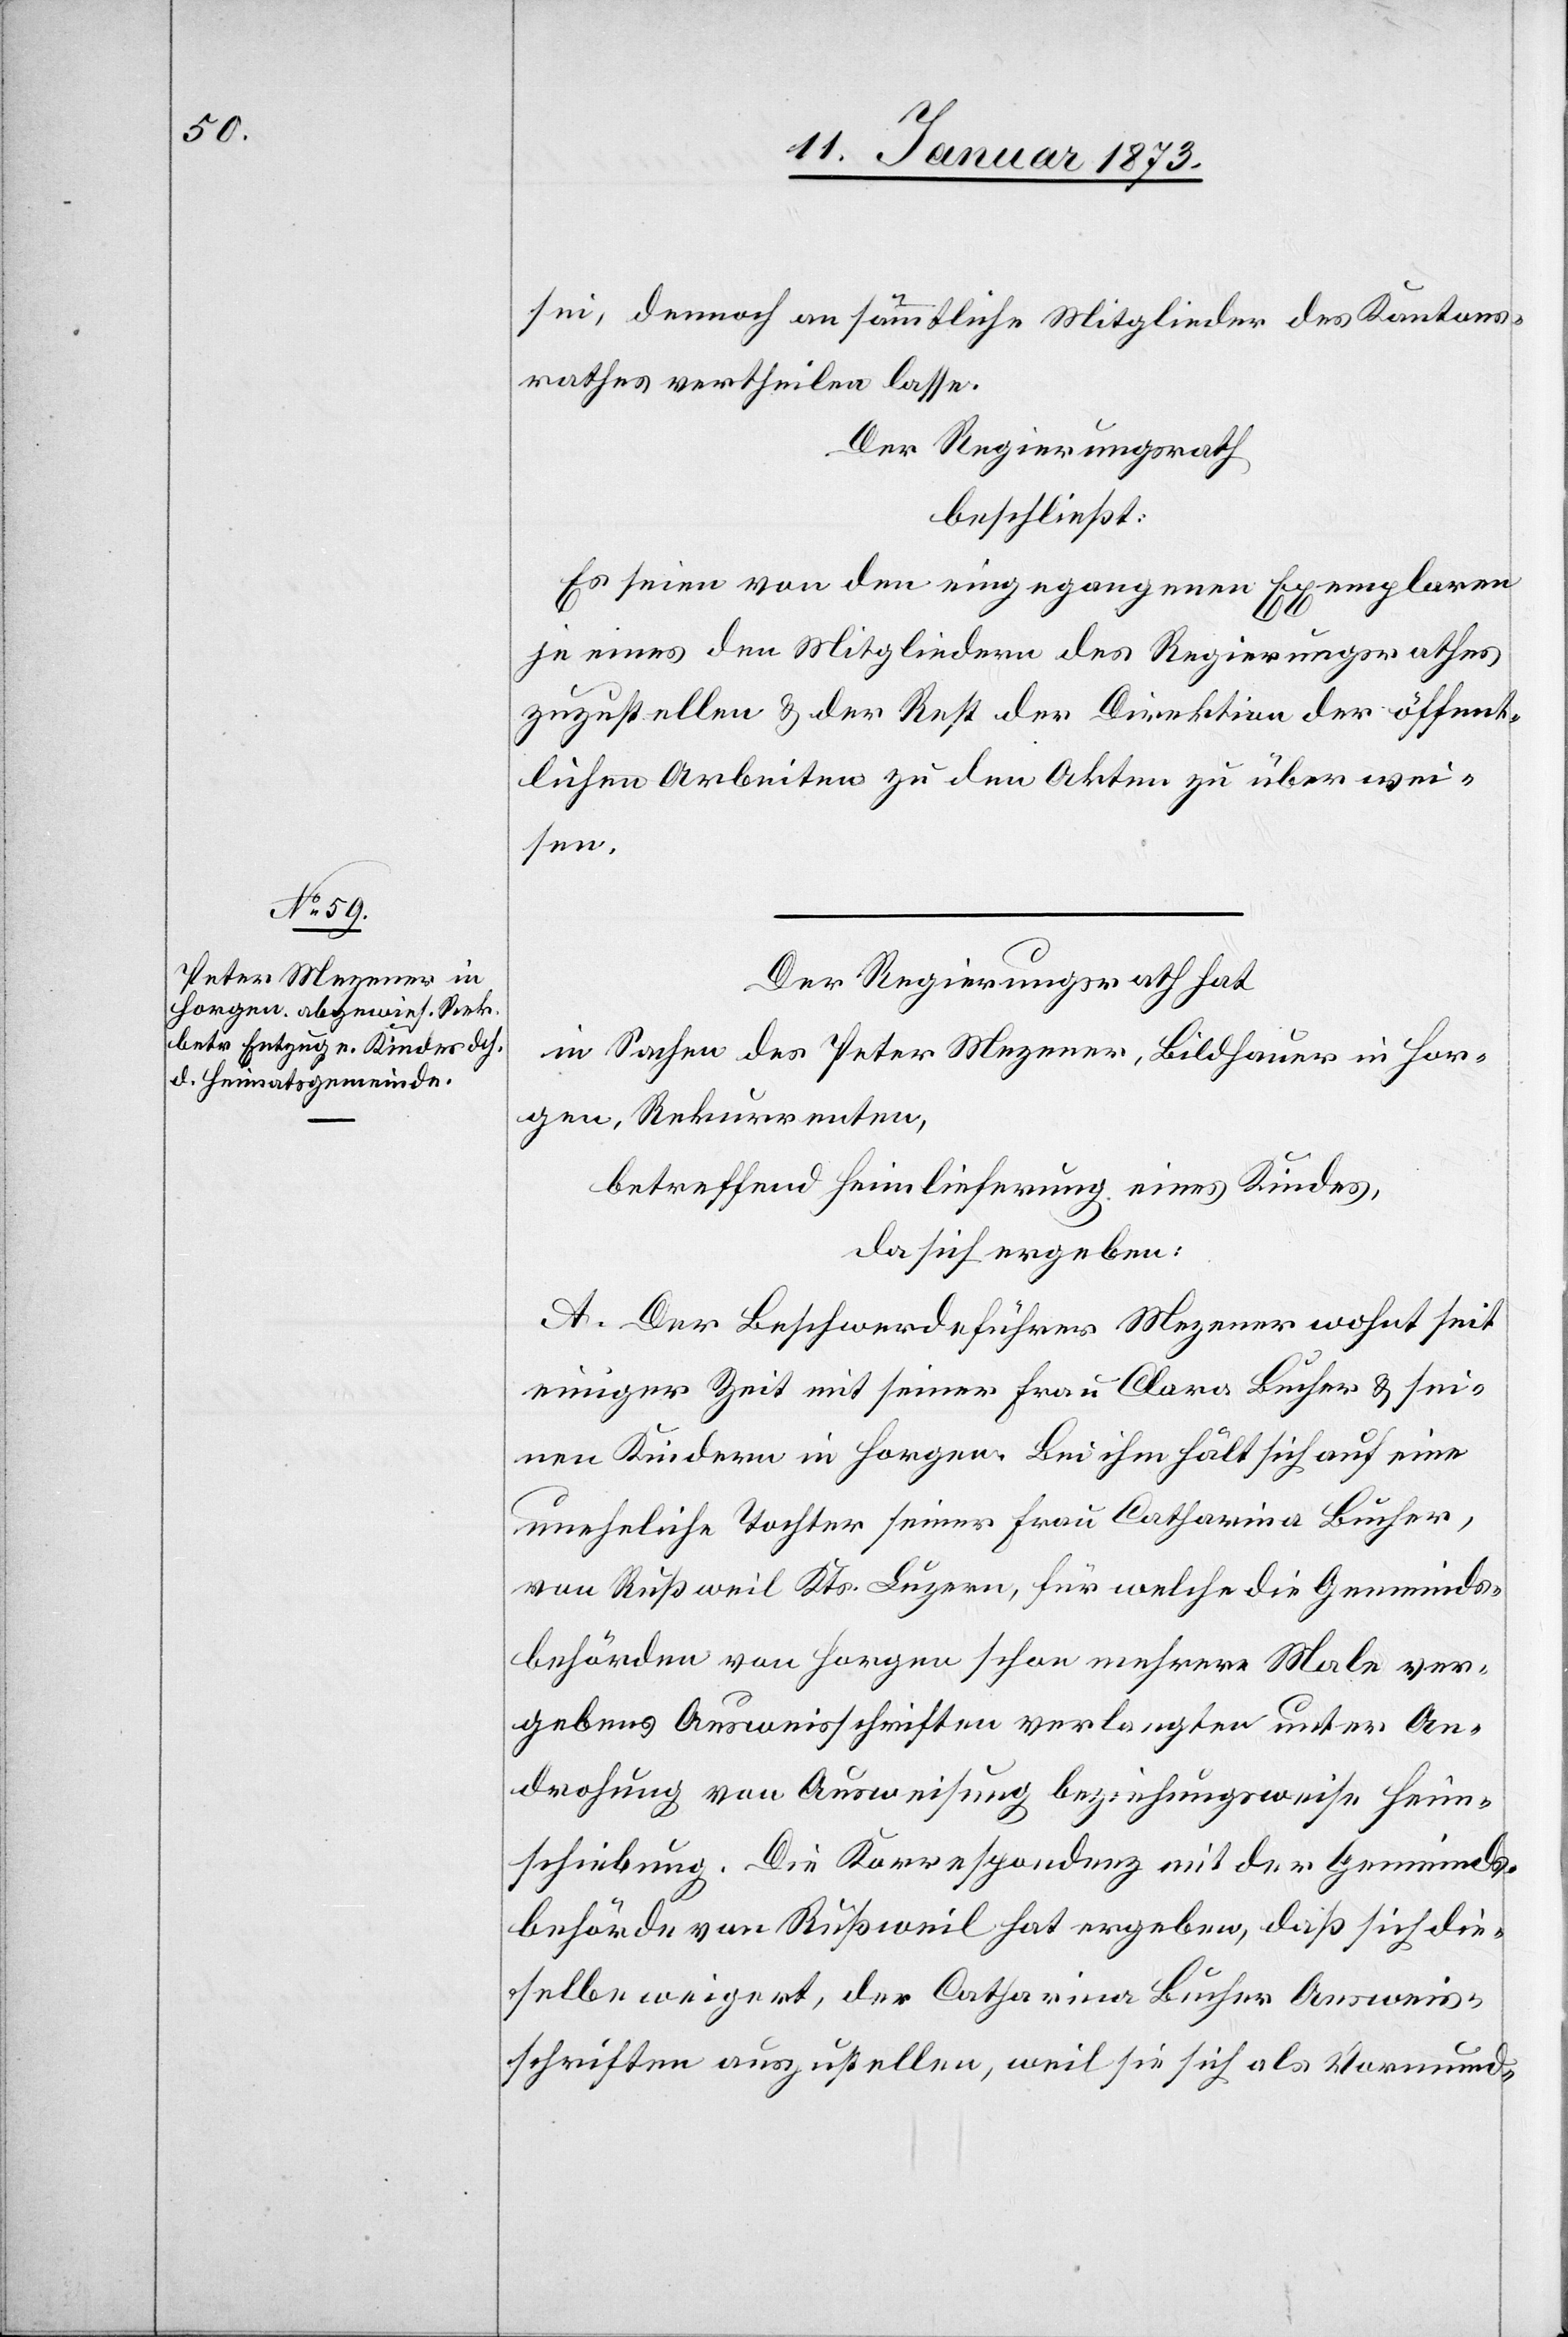
sei, dennoch an sämmtliche Mitglieder des Kantons¬
rathes vertheilen lasse.
Der Regierungsrath
beschließt:
Es seien von den eingegangenen Exemplaren
je eines den Mitgliedern des Regierungsrathes
zuzustellen & der Rest der Direktion der öffent¬
lichen Arbeiten zu den Akten zu überwei¬
sen.
Der Regierungsrath hat
in Sachen des Peter Mezener, Bildhauer in Hor¬
gen, Rekurrenten,
betreffend Heimlieferung eines Kindes,
da sich ergeben:
A. Der Beschwerdeführer Mezener wohnt seit
einiger Zeit mit seiner Frau Clara Bucher & sei¬
nen Kindern in Horgen. Bei ihm hält sich auf eine
uneheliche Tochter seiner Frau Catharina Bucher,
von Rußweil Kts. Luzern, für welche die Gemeinds¬
behörden von Horgen schon mehrere Male ver¬
gebens Ausweisschriften verlangten unter An¬
drohung von Ausweisung beziehungsweise Heim¬
schiebung. Die Korrespondenz mit der Gemeinds¬
behörde von Rußweil hat ergeben, daß sich die¬
selbe weigert, der Catharina Bucher Ausweis¬
schriften auszustellen, weil sie sich als Vormund-